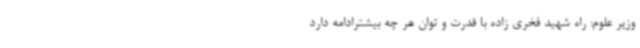
وزیر علوم: راه شهید فخری زاده با قدرت و توان هر چه بیشترادامه دارد